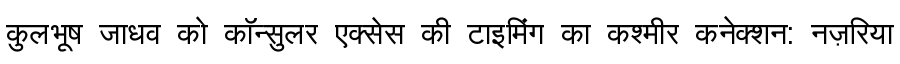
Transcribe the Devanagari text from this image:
कुलभूष जाधव को कॉन्सुलर एक्सेस की टाइमिंग का कश्मीर कनेक्शन: नज़रिया